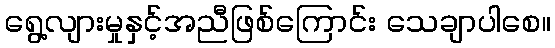
ရွေ့လျားမှုနှင့်အညီဖြစ်ကြောင်း သေချာပါစေ။